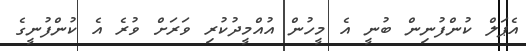
އެޕަލް ކުންފުނިން ބުނީ އެ މީހުން އުއްމީދުކުރި ވަރަށް ވުރެ އެ ކުންފުނީގެ